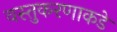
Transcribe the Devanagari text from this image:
वस्तुकरणाकडे